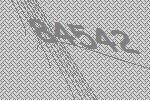
84542